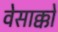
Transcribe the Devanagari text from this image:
वेसाक्को